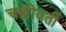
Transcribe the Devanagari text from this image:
चक्रीवर्ती